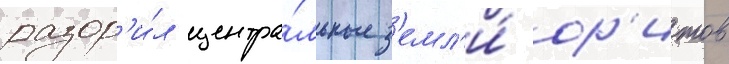
разор'и́л центра́льные з'емл'и́ ор'итов